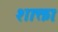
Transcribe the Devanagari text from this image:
शाक्ताः